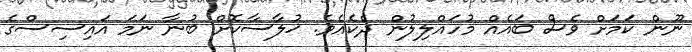
ނޫން ކަމަށް ވެސް ބައެއް މުހައްލިލުން ދެކެއެވެ. ޚުލާސާކޮށް ބުނާ ނަމަ އައިސިސްގެ